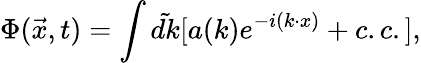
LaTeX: \Phi(\vec{x},t)=\int\tilde{dk}[a(k)e^{-i(k\cdot x)}+c.c.],